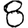
Digit: 8